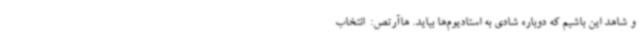
و شاهد این باشیم که دوباره شادی به استادیوم‌ها بیاید. هاآرتص:  انتخاب